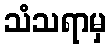
သံသရာမှ